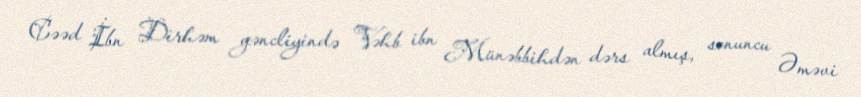
Cəəd İbn Dirhəm gəncliyində Vəhb ibn Münəbbihdən dərs almış, sonuncu Əməvi